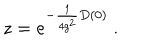
z = e ^ { - \frac 1 { 4 g ^ { 2 } } D ( 0 ) } \ .